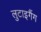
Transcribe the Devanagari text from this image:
लुटाइगैंग